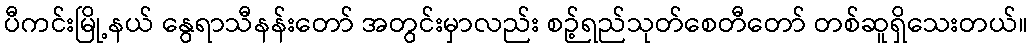
ပီကင်းမြို့နယ် နွေရာသီနန်းတော် အတွင်းမှာလည်း စဉ့်ရည်သုတ်စေတီတော် တစ်ဆူရှိသေးတယ်။